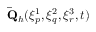
\mathbf { \bar { Q } } _ { h } ( \xi _ { p } ^ { 1 } , \xi _ { q } ^ { 2 } , \xi _ { r } ^ { 3 } , t )